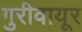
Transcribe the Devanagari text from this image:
गुरीवायूर